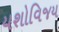
યશોવિજય